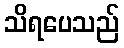
သိရပေသည်